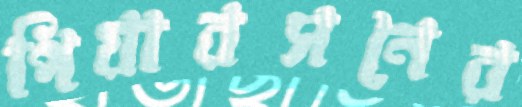
পিয়ারসনের